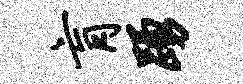
肓踊